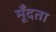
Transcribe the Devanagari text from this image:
मूँदता